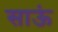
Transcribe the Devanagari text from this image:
साऊं